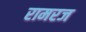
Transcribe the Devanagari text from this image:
रामरज